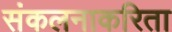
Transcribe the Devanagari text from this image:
संकलनाकरिता